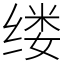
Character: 缕